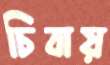
চিবায়